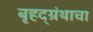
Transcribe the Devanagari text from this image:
बृहद्‌ग्रंथाचा